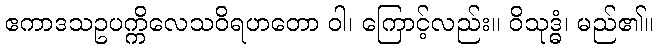
ဧကာဒသဥပက္ကိလေသဝိရဟတော ဝါ၊ ကြောင့်လည်း။ ဝိသုဒ္ဓံ၊ မည်၏။